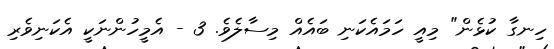
ހިނގާ ކުޅެން" މިއީ ހަމައެކަނި ބައެއް މިސާލެވެ. 3 - އެމީހުންނަކީ އެކަނިވެރި